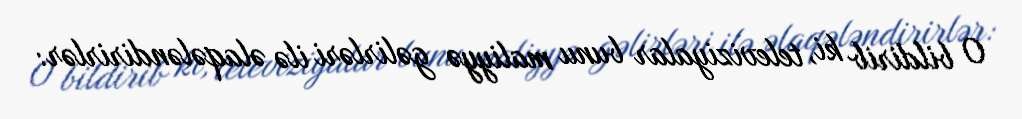
O bildirib ki, televiziyalar bunu maliyyə gəlirləri ilə əlaqələndirirlər: